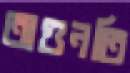
অগুনতি